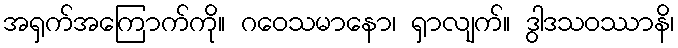
အရှက်အကြောက်ကို။ ဂဝေသမာနော၊ ရှာလျက်။ ဒွါဒသဝဿာနိ၊